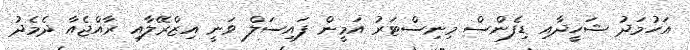
އަހުމަދު ޝަހީދާއި ޑިފެންސް މިނިސްޓަރު އަމީން ފައިސަލް ވަނީ އިޒްރޭލާއި ރާއްޖެއާ ދެމެދު